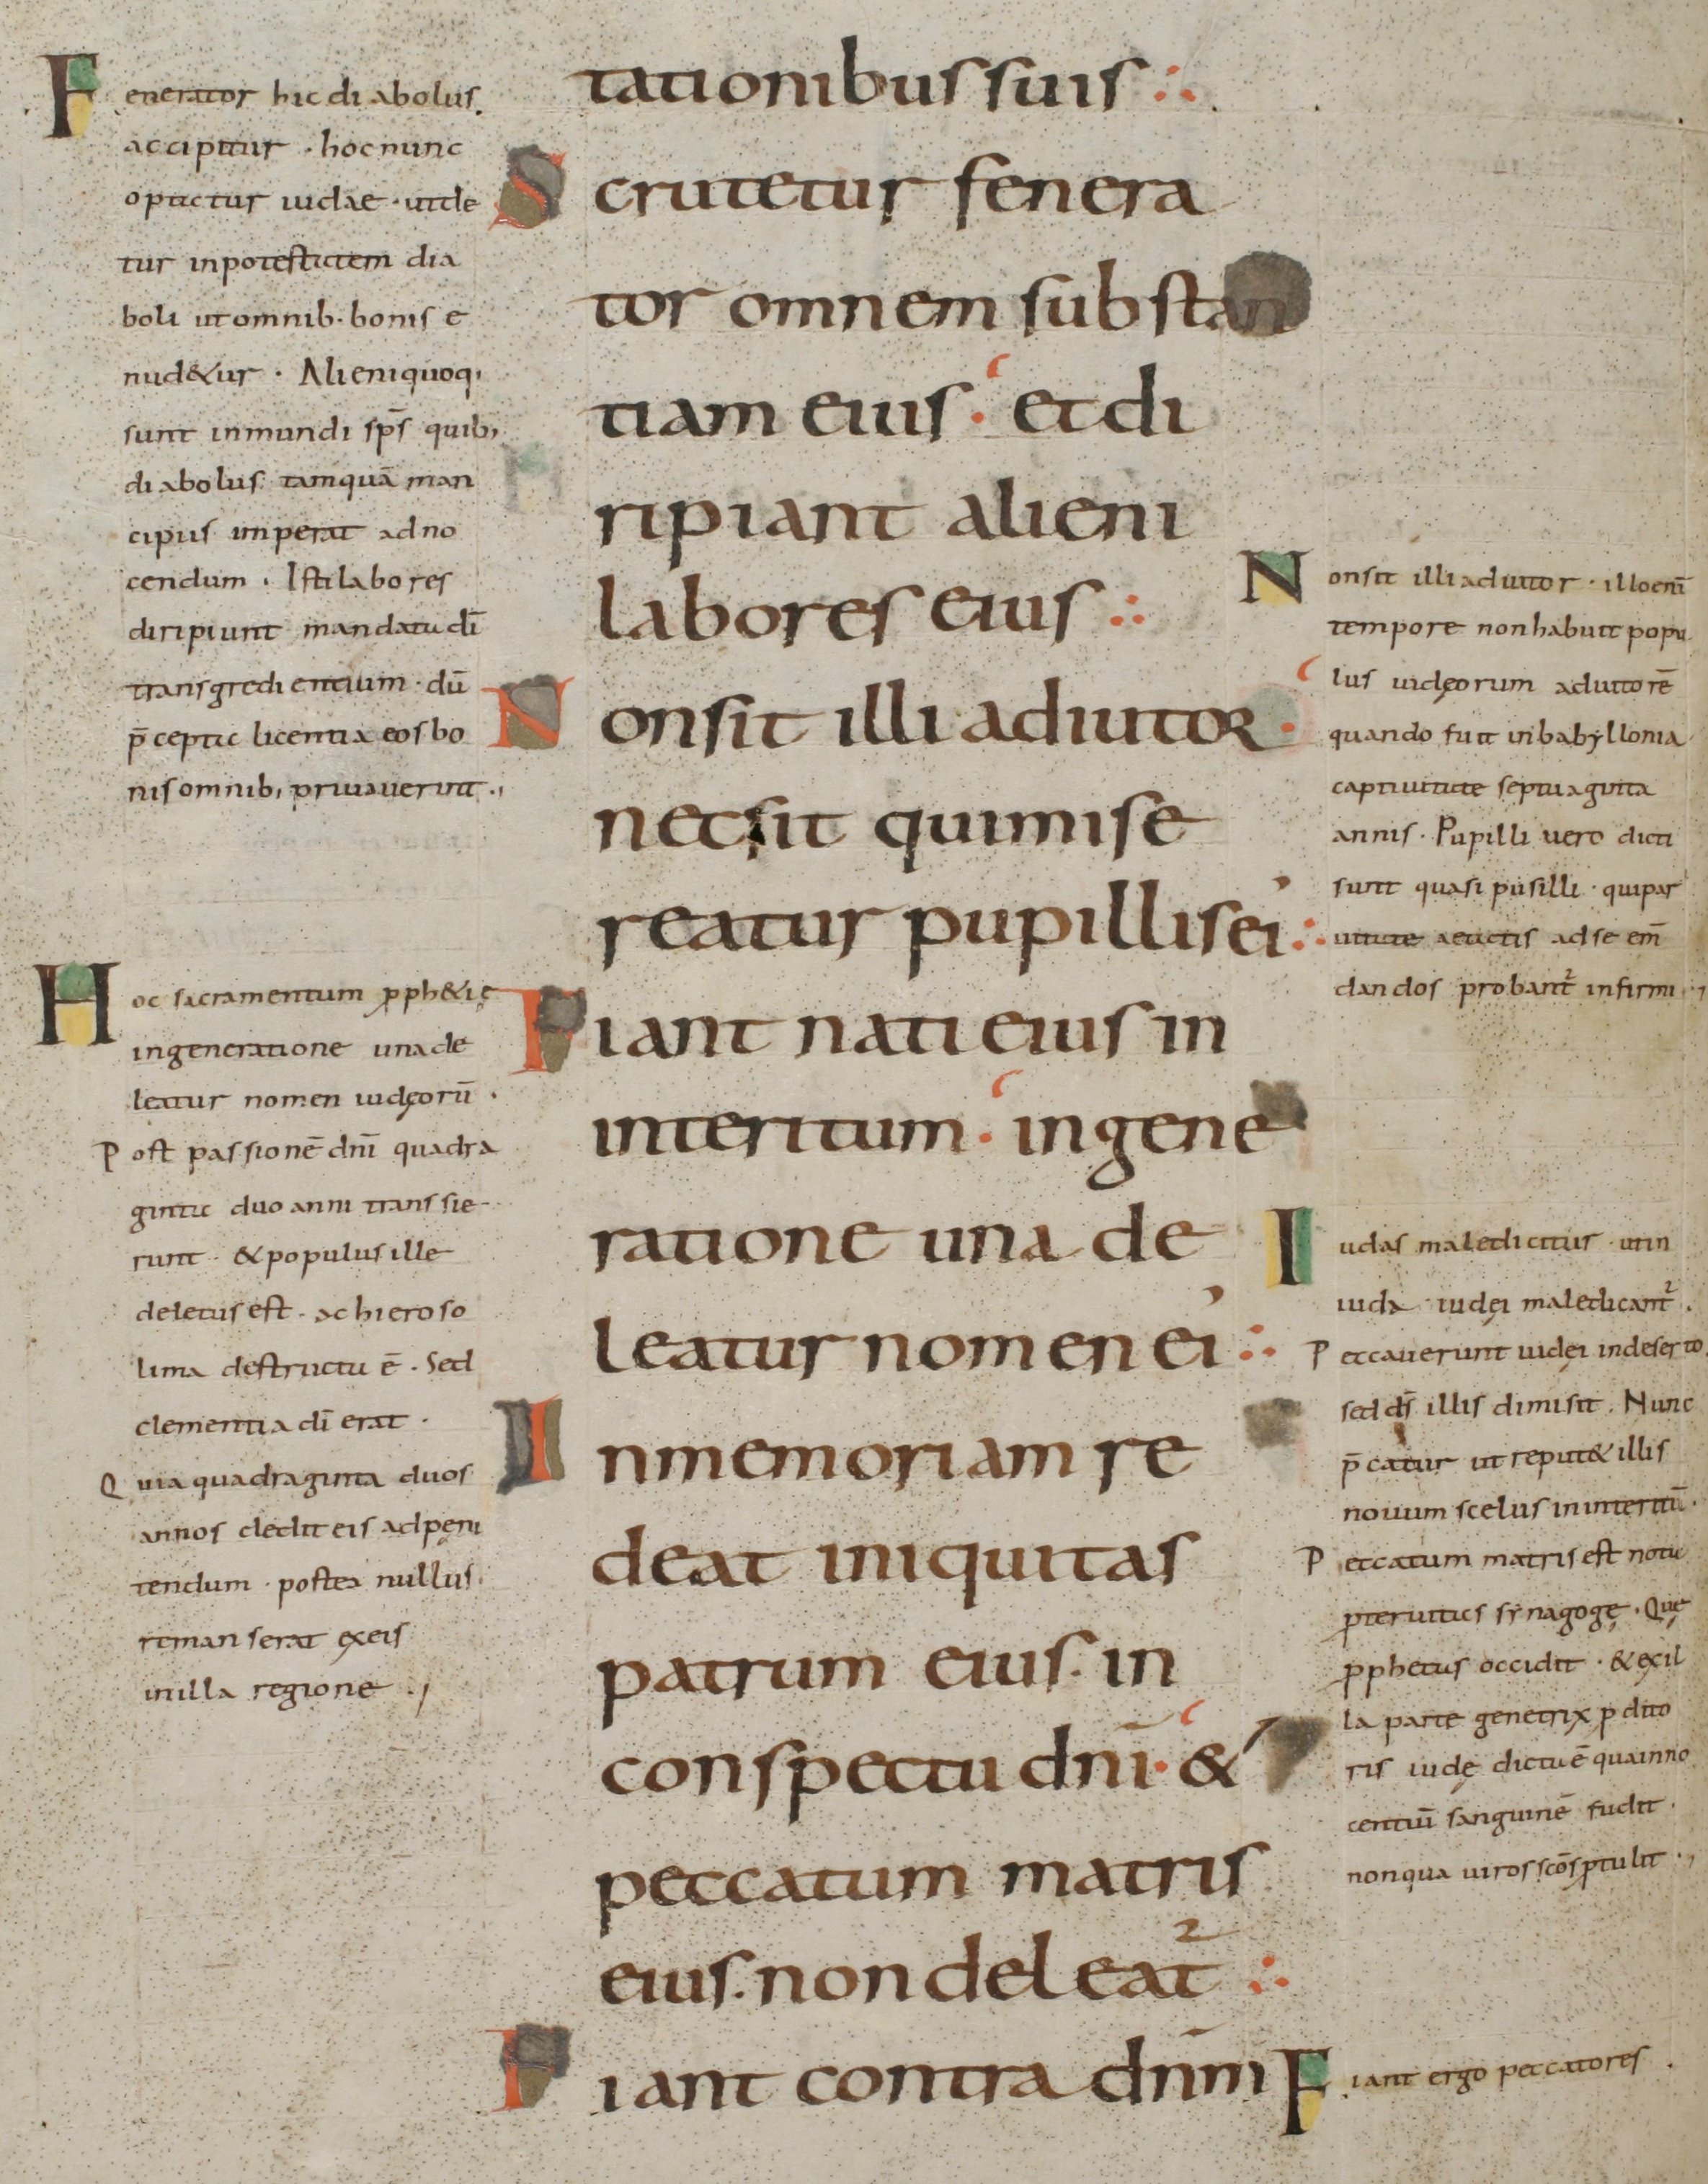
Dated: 800–899